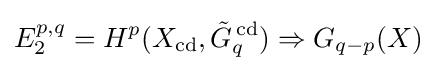
E_{2}^{p,q}=H^{p}(X_{\text{cd}},{\tilde {G}}_{q}^{\,{\text{cd}}})\Rightarrow G_{q-p}(X)